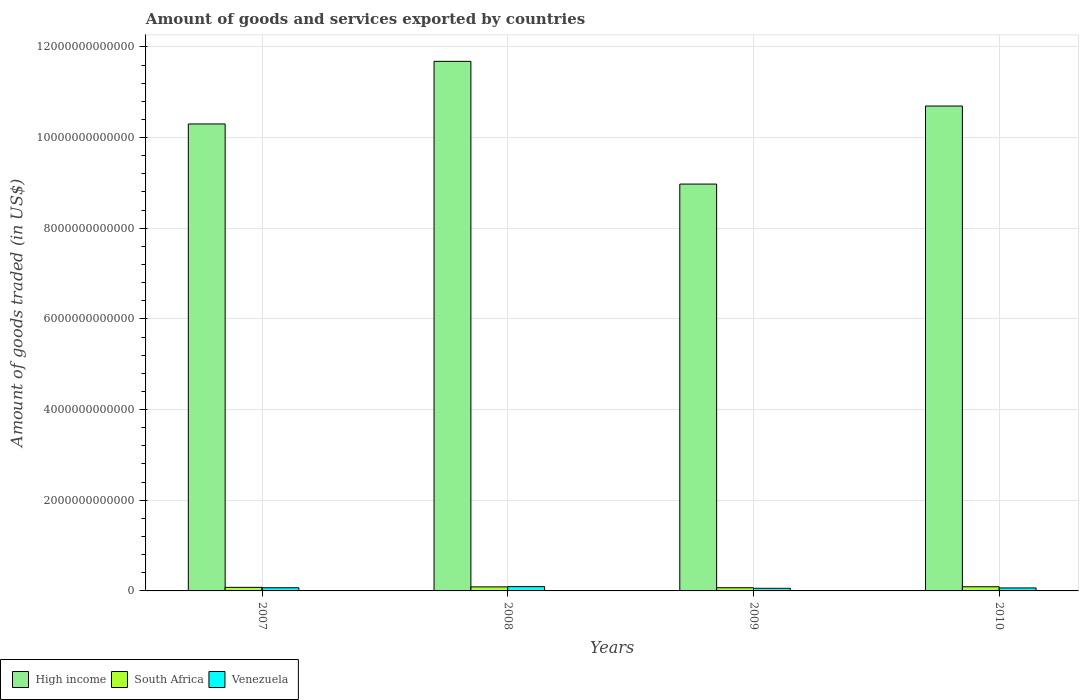
| Years | High income | South Africa | Venezuela |
 | --- | --- | --- | --- |
 | 2007 | 1.03e+13 | 7.87e+10 | 7e+10 |
 | 2008 | 1.17e+13 | 8.9e+10 | 9.5e+10 |
 | 2009 | 8.97e+12 | 7.06e+10 | 5.76e+10 |
 | 2010 | 1.07e+13 | 9.17e+10 | 6.57e+10 |